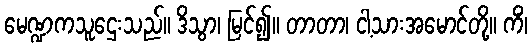
မေဏ္ဍကသူဌေးသည်။ ဒိသွာ၊ မြင်၍။ တာတာ၊ ငါ့သားအမောင်တို့။ ကိံ၊